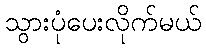
သွားပုံပေးလိုက်မယ်